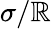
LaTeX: {\sigma/\mathbb{R}}